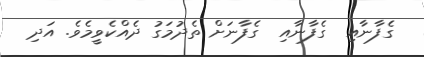
ގެފާނާއި  ގެފާނާއި  ގެފާނަށް ތެދުމަގު ދެއްކެވީމެވެ. އަދި